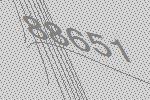
88651